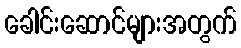
ခေါင်းဆောင်များအတွက်